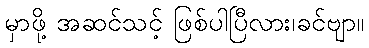
မှာဖို့ အဆင်သင့် ဖြစ်ပါပြီလား၊ခင်ဗျာ။